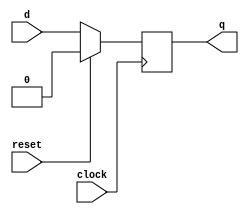
module six_a ( d,clock,q,reset);
input d;
input reset;
input clock;
output reg q;
//wire y;
always @ ( posedge clock)
 //mux uut ( d(y),.clock(reset),.q(q));
begin
if(reset)
q<=0;
else
q<= d;
end
endmodule